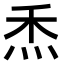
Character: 𤇕